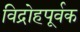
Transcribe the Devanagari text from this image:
विद्रोहपूर्वक